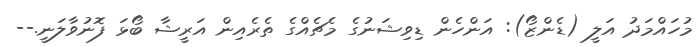
މުހައްމަދު އަލީ (ޑެންޒޯ): އަންހެން ޑިވިޝަނުގެ މެޗެއްގެ ތެރެއިން އަރީޝާ ބޯޅަ ފޮނުވާލަނީ.--